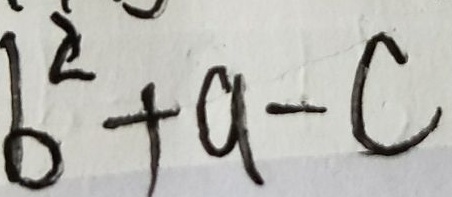
b ^ { 2 } + a - c